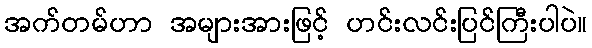
အက်တမ်ဟာ အများအားဖြင့် ဟင်းလင်းပြင်ကြီးပါပဲ။